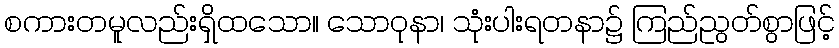
စကားတမူလည်းရှိထသော။ သောဝုနာ၊ သုံးပါးရတနာ၌ ကြည်ညွတ်စွာဖြင့်